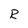
Character: R